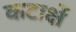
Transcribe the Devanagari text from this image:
कटाक्षें